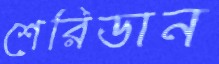
শেরিডান